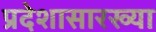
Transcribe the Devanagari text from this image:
प्रदेशासारख्या